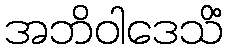
အဘိဝါဒေသိံ